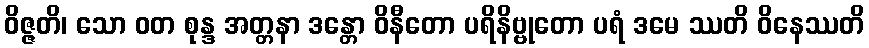
ဝိဇ္ဇတိ၊ သော ဝတ စုန္ဒ အတ္တနာ ဒန္တော ဝိနီတော ပရိနိဗ္ဗုတော ပရံ ဒမေ ဿတိ ဝိနေဿတိ